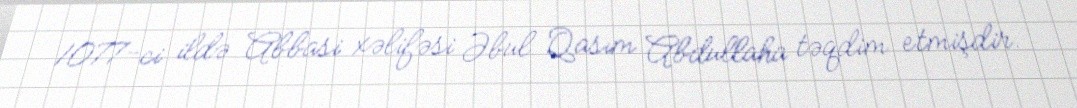
1077-ci ildə Abbasi xəlifəsi Əbul Qasım Abdullaha təqdim etmişdir.